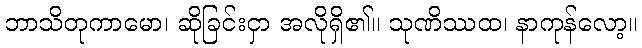
ဘာသိတုကာမော၊ ဆိုခြင်းငှာ အလိုရှိ၏။ သုဏိဿထ၊ နာကုန်လော့။